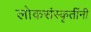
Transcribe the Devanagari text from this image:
लोकसंस्कृतींनी